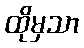
ထိုမှသာ